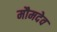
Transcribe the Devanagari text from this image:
मौमदेव